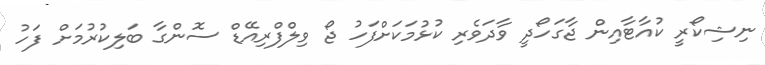
ނިޝިކޯރީ ކުއާޓާއިން ޖާގަހޯދީ ވާދަވެރި ކުޅުމަކަށްފަހު ޖޯ ވިލްފްރިއޭޑް ސޮންގާ ބަލިކުރުމަށް ފަހު